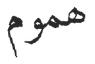
ھموم